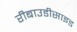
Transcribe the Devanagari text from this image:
रीबाउडीसाइड